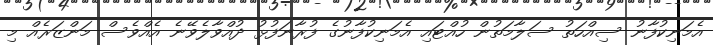
އެމަނިކުފާނު ސިއްހަތު ސަލާމަތުން ހުއްޓައި އެމަނިކުފާނުގެ ފުރާނަފުޅު ދުއްވާލެވޭނެ އެއްވެސް މަންޒަރެއް މި